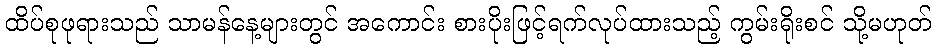
ထိပ်စုဖုရားသည် သာမန်နေ့များတွင် အကောင်း စားပိုးဖြင့်ရက်လုပ်ထားသည့် ကွမ်းရိုးစင် သို့မဟုတ်